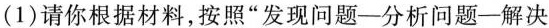
(1)请你根据材料，按照”发现问题—分析问题—解决